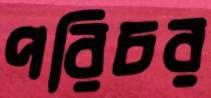
পরিচর